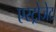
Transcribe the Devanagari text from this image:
एस्‍ट्रोजेट